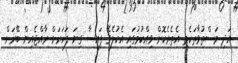
އަދި މަސްތުވާތަކެތި އެތެރެކޮށް ވިއްކުމުގައި އެކުލެވޭ ފައިސާ ގިނަ ފަހަރަށް ރާއްޖެއިން ބޭރަށް